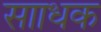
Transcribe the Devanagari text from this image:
सााधक